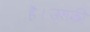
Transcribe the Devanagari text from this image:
है।उसकी